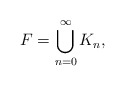
\begin{align*} F= \bigcup_{n=0}^\infty K_n,\end{align*}